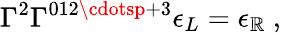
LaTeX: \Gamma^{2}\Gamma^{012\cdotsp+3}\epsilon_{L}=\epsilon_{\mathbb{R}}\ ,